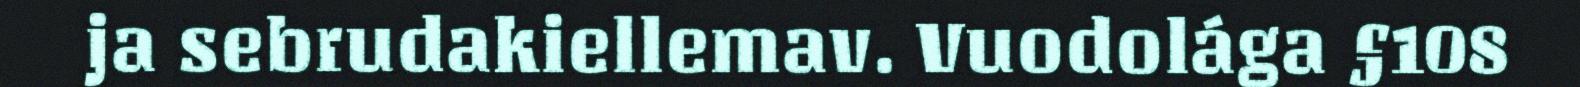
ja sebrudakiellemav. Vuodolága §108